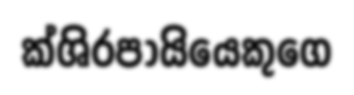
ක්ශිරපායියෙකුගෙ